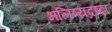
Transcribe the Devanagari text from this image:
भलिष्यद्रष्टा